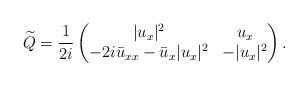
LaTeX: \begin{align*}\widetilde{Q} =\frac{1}{2 i}\begin{pmatrix}|u_x|^2 & u_x \\-2i\bar{u}_{xx}-\bar{u}_x|u_x|^2 & -|u_x|^2\end{pmatrix}. \end{align*}